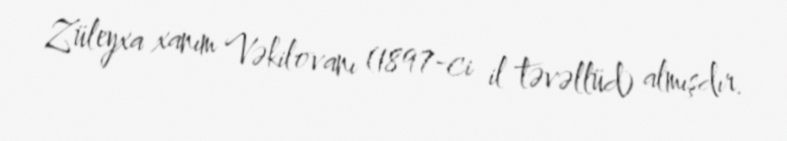
Züleyxa xanım Vəkilovanı (1897-ci il təvəllüd) almışdır.